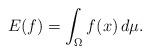
LaTeX: \begin{align*}E(f) = \int_\Omega f(x) \, d\mu.\end{align*}